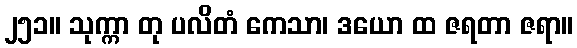
၂၅၁။ သုက္ကာ တု ပလိတံ ကေသာ၊ ဒယော ထ ဇရတာ ဇရာ။